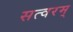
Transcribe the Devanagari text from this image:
सत्वरम्